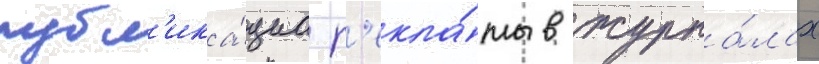
публ'ика́циа р'екла́мы в журна́лах